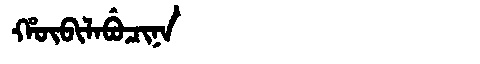
Manchu: ᡥᡡᠪᡳᠯᠠᠪᡠᠴᡳᠨᠠ
Romanization: HŪBILABUCINA